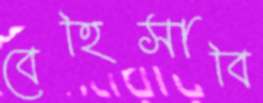
বেহিসাবি